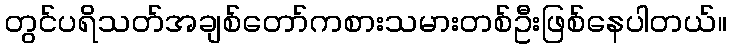
တွင်ပရိသတ်အချစ်တော်ကစားသမားတစ်ဦးဖြစ်နေပါတယ်။